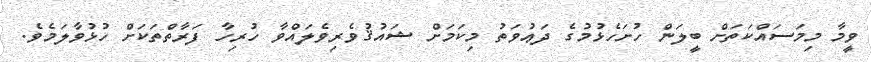
ވީމާ މިމަސައްކަތަށް ބީލަން ހުށަހެޅުމުގެ ދަޢުވަތު މިކަމަށް ޝައުޤުވެރިވެލައްވާ ހުރިހާ ފަރާތްތަކަށް ހުޅުވާލަމެވެ.